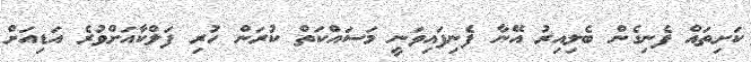
ކަށިތައް ފެނިގެން ބެލިއިރު އޭނާ ފެނިފައިވަނީ މަސައްކަތް ކުރަން ހުރި ފަލްކާއަށްވުރެ އަޑިއަށް